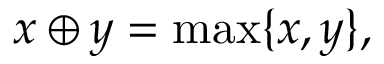
x \oplus y = \operatorname* { m a x } \{ x , y \} ,